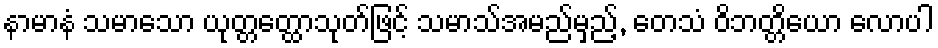
နာမာနံ သမာသော ယုတ္တတ္ထောသုတ်ဖြင့် သမာသ်အမည်မှည့်, တေသံ ဝိဘတ္တိယော လောပါ